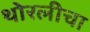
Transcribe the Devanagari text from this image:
थोरलीचा